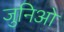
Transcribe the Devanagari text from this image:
जुनिओ